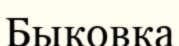
Быковка